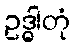
ဥဒ္ဓါတုံ